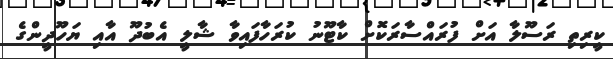
ކީރިތި ރަސޫލާ އަށް ފުރައްސާރަކޮށް ކާޓޫނު ކުރަހާފައިވާ ޝާލީ އެބުދޫ އާއި ޔަހޫދީންގެ